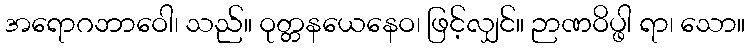
အရောဂဘာဝေါ၊ သည်။ ဝုတ္တနယေနေဝ၊ ဖြင့်လျှင်။ ဉာဏဝိပ္ဖါ ရာ၊ သော။